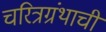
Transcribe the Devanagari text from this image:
चरित्रग्रंथाची